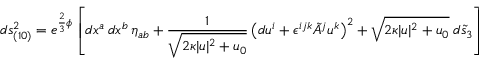
d s _ { ( 1 0 ) } ^ { 2 } = e ^ { \frac 2 3 \phi } \left[ d x ^ { a } \, d x ^ { b } \, \eta _ { a b } + { \frac { 1 } { \sqrt { 2 \kappa | u | ^ { 2 } + u _ { 0 } } } } \left( d u ^ { i } + \epsilon ^ { i j k } \tilde { A } ^ { j } u ^ { k } \right) ^ { 2 } + \sqrt { 2 \kappa | u | ^ { 2 } + u _ { 0 } } \; d \tilde { s } _ { 3 } \right]